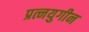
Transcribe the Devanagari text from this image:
प्रत्नयुगीन